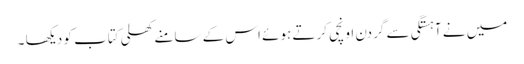
میں نے آہستگی سے گردن اونچی کرتے ہوئے اس کے سامنے کھلی کتاب کو دیکھا ۔